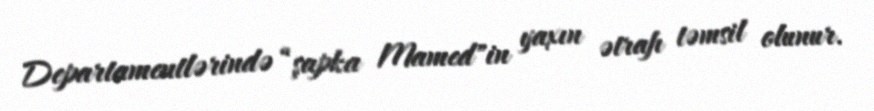
Departamentlərində “şapka Mamed"in yaxın ətrafı təmsil olunur.